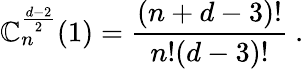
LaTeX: \mathbb{C}_{n}^{\frac{{d-2}}{2}}(1)=\frac{{(n+d-3)!}}{{n!(d-3)!}}\ .